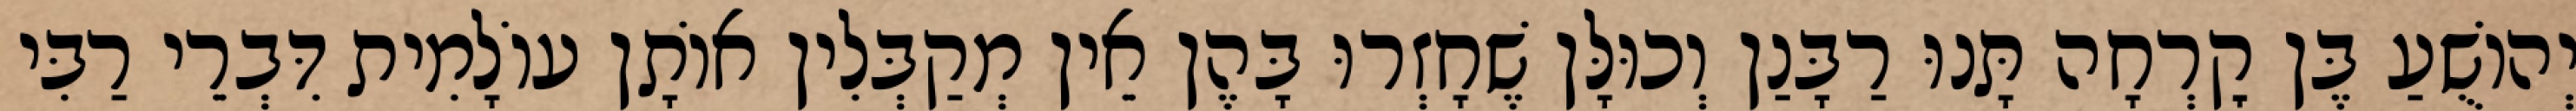
יְהוֹשֻׁעַ בֶּן קׇרְחָה תָּנוּ רַבָּנַן וְכוּלָּן שֶׁחָזְרוּ בָּהֶן אֵין מְקַבְּלִין אוֹתָן עוֹלָמִית דִּבְרֵי רַבִּי